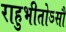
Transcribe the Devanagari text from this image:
राहुभीतोऽसौ